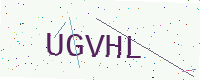
Text: UGVHL